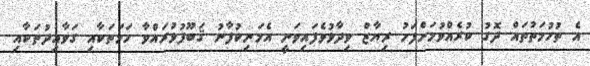
އެ ތުހުމަތުތައް ދޮގު ކުރެއްވުމަށްފަހު ރިޔާޒް ވިދާޅުވެފައިވަނީ އެމަނިކުފާނު ޤަބޫފުޅުރައްވާ ހަމަތަކާއި ގަވާއިދުތަކާއި